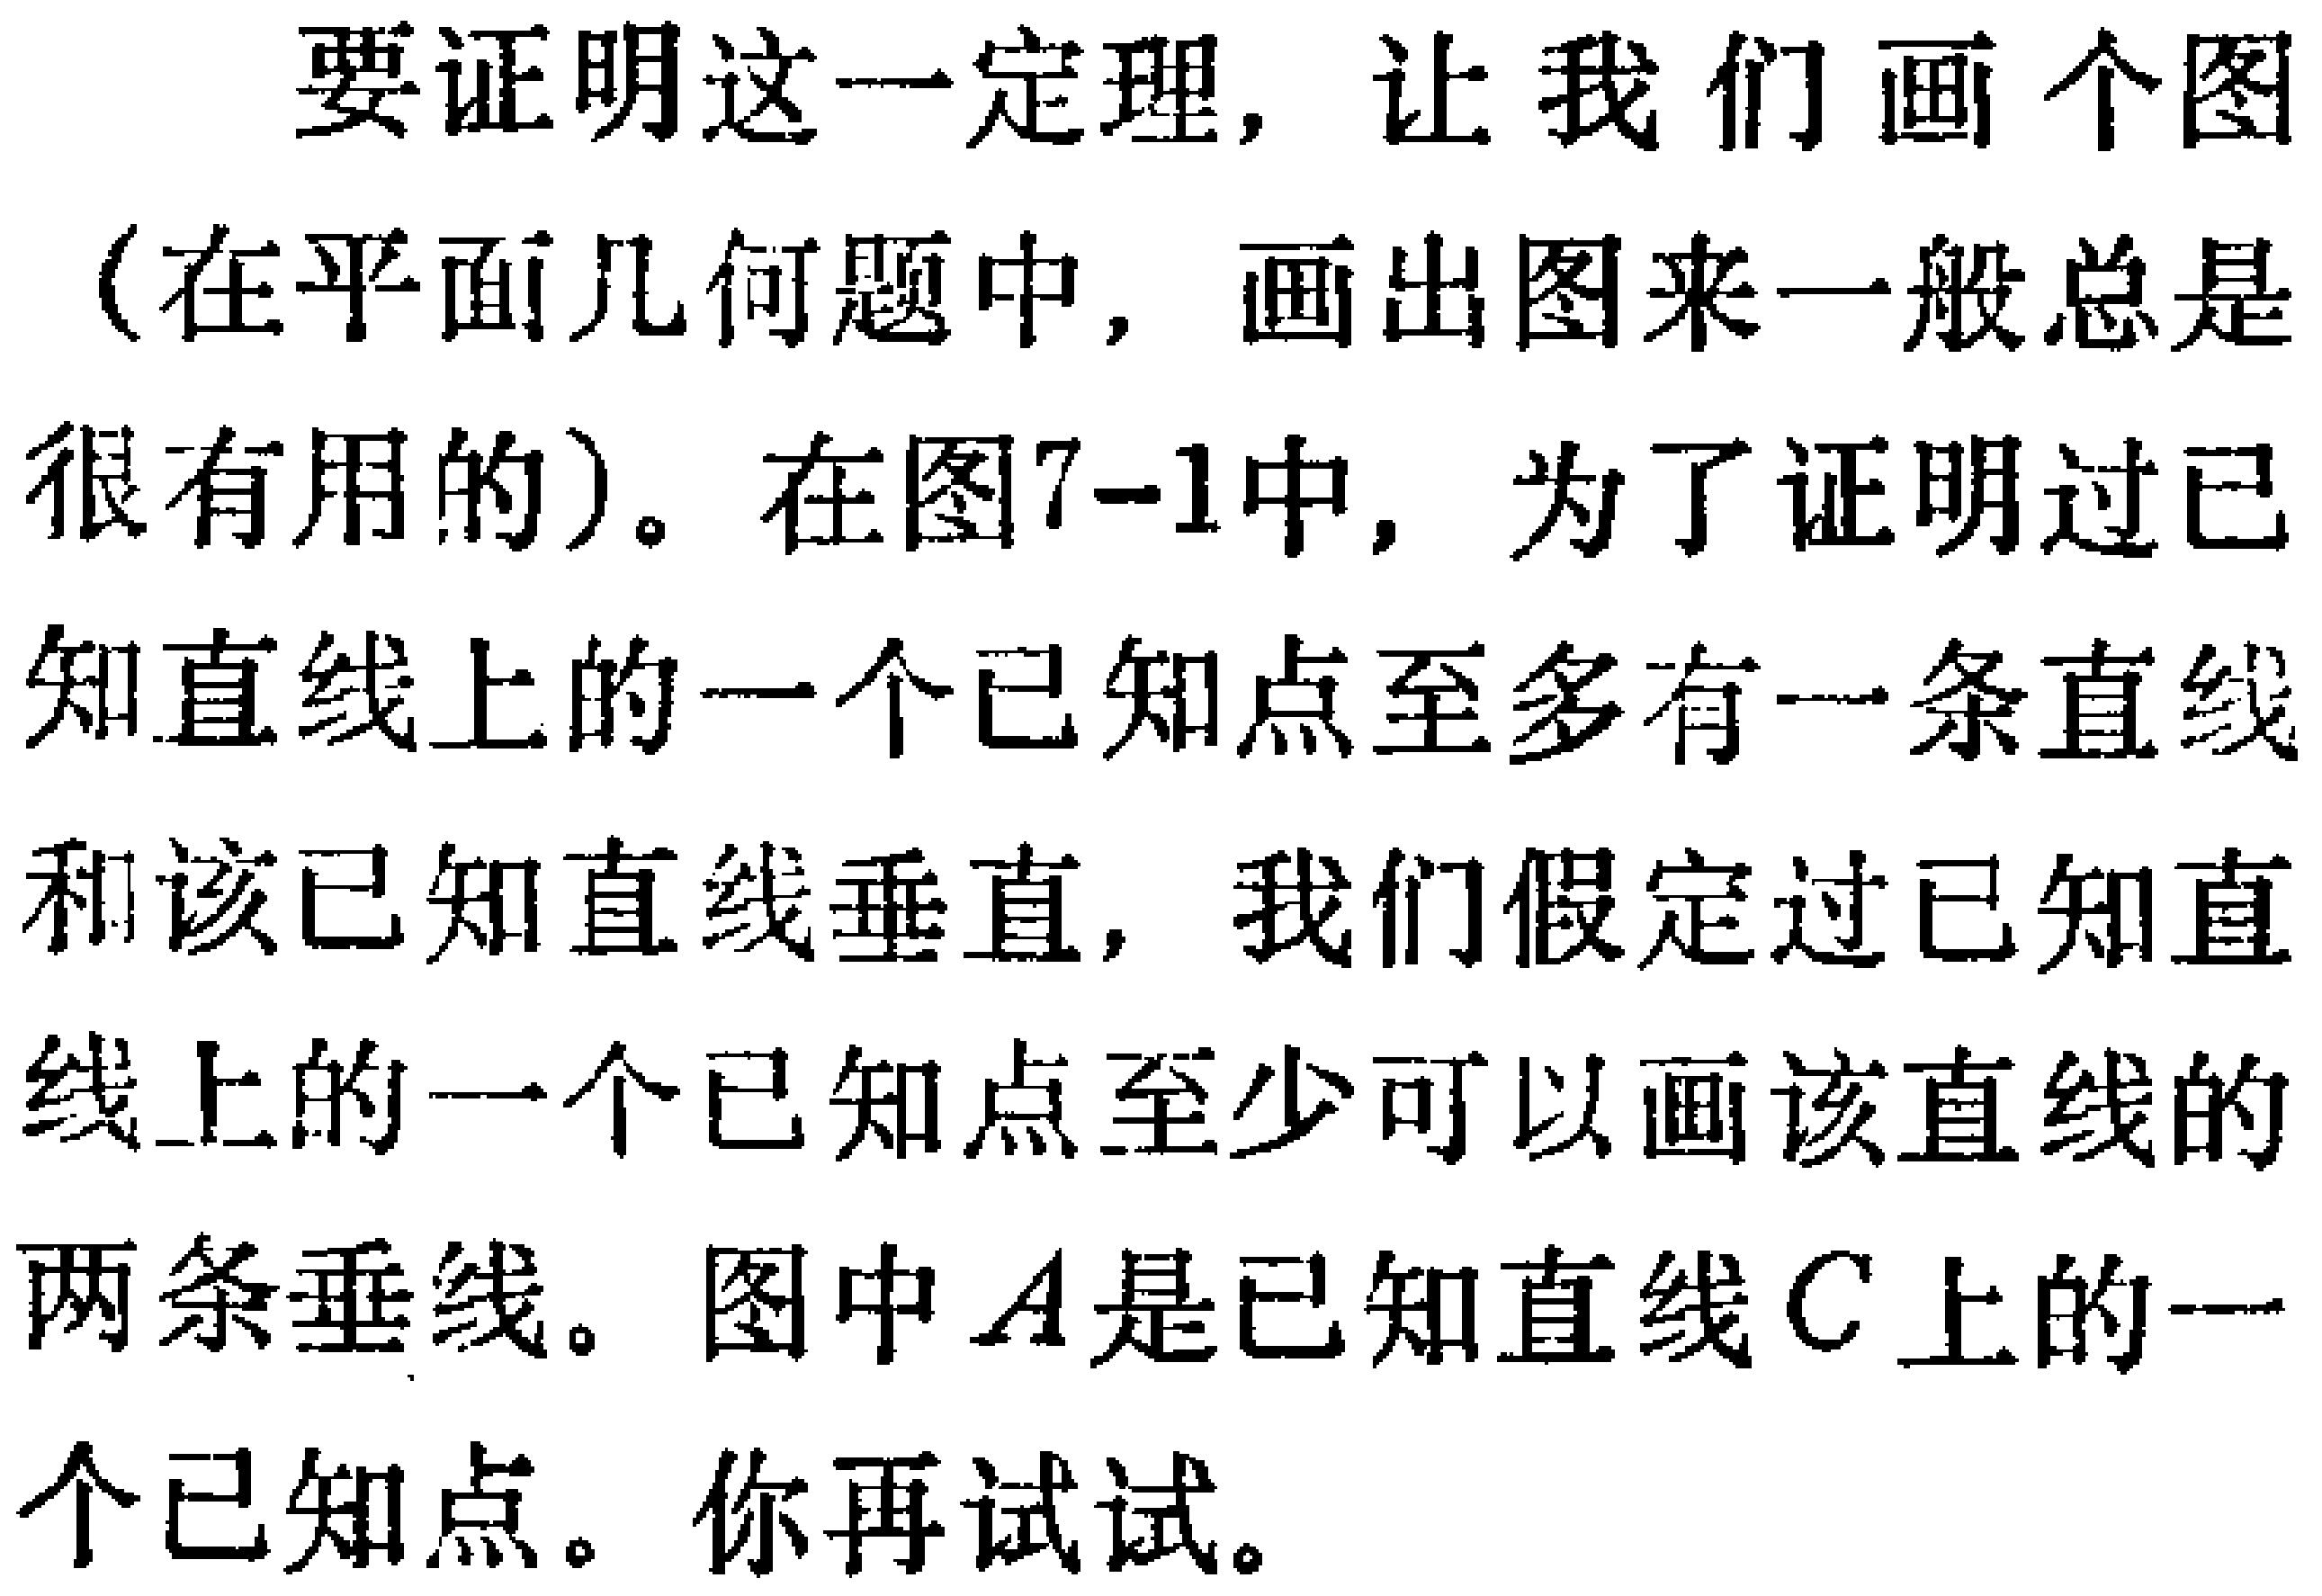
要证明这一定理, 让我们画个图
（在平面几何题中, 画出图来一般总是
很有用的）。在图7-1中, 为了证明过已
知直线上的一个已知点至多有一条直线
和该已知直线垂直, 我们假定过已知直
线上的一个已知点至少可以画该直线的
两条垂线。图中$A$是已知直线$C$上的一
个已知点。你再试试。